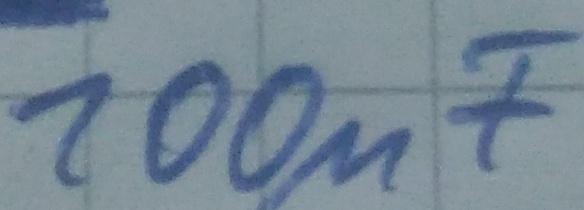
Text: 100µF